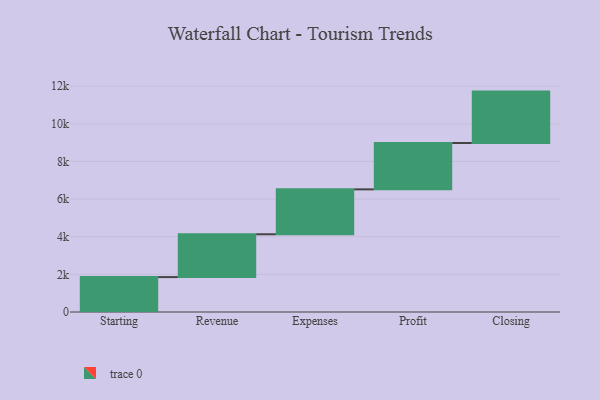
{"axis": {"x": "Step", "y": "Value"}, "legend": [""], "data": [{"x": "Starting", "y": 1856.0, "type": ""}, {"x": "Revenue", "y": 2275.0, "type": ""}, {"x": "Expenses", "y": 2387.0, "type": ""}, {"x": "Profit", "y": 2463.0, "type": ""}, {"x": "Closing", "y": 2733.0, "type": ""}]}